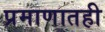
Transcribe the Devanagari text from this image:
प्रमाणातही